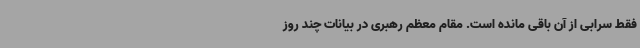
فقط سرابی از آن باقی مانده است. مقام معظم رهبری در بیانات چند روز